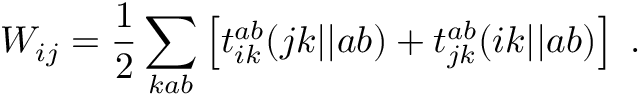
W _ { i j } = \frac { 1 } { 2 } \sum _ { k a b } \left[ t _ { i k } ^ { a b } ( j k | | a b ) + t _ { j k } ^ { a b } ( i k | | a b ) \right] \; .